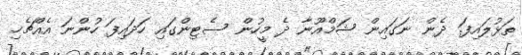
ތަޅުލައިފަ. ދެން ނަގައިން ޝަމްއޫނާ ދެ މީހުން ސެޓިންގައި ހަދައިފަ ހުންނަ އެއްޗެހި